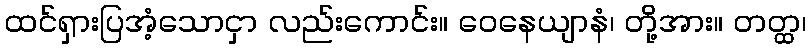
ထင်ရှားပြအံ့သောငှာ လည်းကောင်း။ ဝေနေယျာနံ၊ တို့အား။ တတ္ထ၊